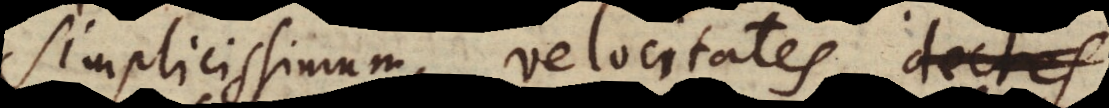
simplicissimum, velocitates materiae